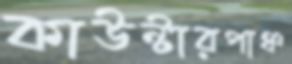
কাউন্টারপাঞ্চ